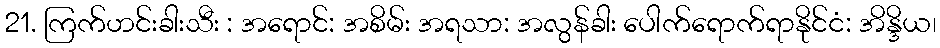
21. ကြက်ဟင်းခါးသီး : အရောင်: အစိမ်း အရသာ: အလွန်ခါး ပေါက်ရောက်ရာနိုင်ငံ: အိန္ဒိယ၊